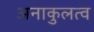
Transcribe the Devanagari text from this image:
अनाकुलत्व